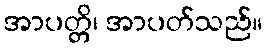
အာပတ္တိ၊ အာပတ်သည်။